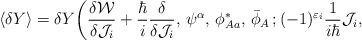
\begin{align*}\langle\delta Y\rangle= \delta Y \bigg(\frac{\delta{\cal W}}{\delta{\cal J}_i}+\frac{\hbar}{i} \frac{\delta}{\delta{\cal J}_i},\,\psi^\alpha,\,\phi^*_{Aa},\, \bar{\phi}_A\,; (-1)^{\varepsilon_i}\frac{1}{i\hbar}{\cal J}_i,\,\end{align*}